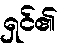
ရှင်၏